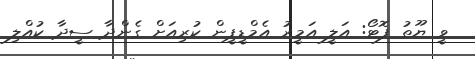
ވީ ޔޫތު ފޮޓޯ: އަލީ އަމީރު އެމްޑީޕީން ކުރިއަށް ގެންދާ ސީދާ ކުއްލި